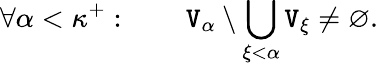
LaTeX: \forall\alpha<\kappa^{+}:\qquad\mathtt{V}_{\alpha}\setminus\bigcup_{\xi<\alpha}\mathtt{V}_{\xi}\neq\varnothing.